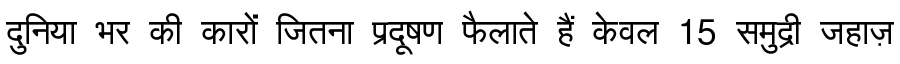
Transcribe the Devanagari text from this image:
दुनिया भर की कारों जितना प्रदूषण फैलाते हैं केवल 15 समुद्री जहाज़